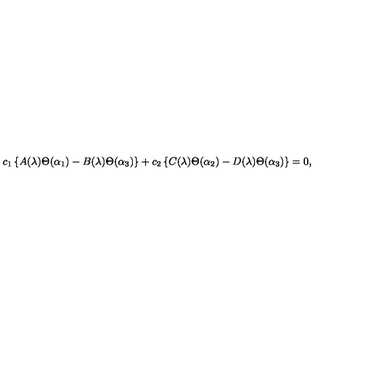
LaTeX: c _ { 1 } \left\{ A ( \lambda ) \Theta ( \alpha _ { 1 } ) - B ( \lambda ) \Theta ( \alpha _ { 3 } ) \right\} + c _ { 2 } \left\{ C ( \lambda ) \Theta ( \alpha _ { 2 } ) - D ( \lambda ) \Theta ( \alpha _ { 3 } ) \right\} = 0 ,